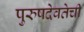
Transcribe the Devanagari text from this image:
पुरुषदेवतेची